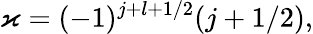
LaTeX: \varkappa=(-1)^{j+l+1/2}(j+1/2),